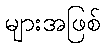
များအဖြစ်